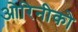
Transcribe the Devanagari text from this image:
ओरिनीको